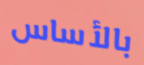
بالأساس